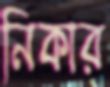
নিকার